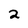
Character: 2